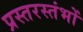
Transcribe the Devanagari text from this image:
प्रस्तरस्तंभों